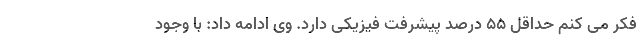
فکر می کنم حداقل ۵۵ درصد پیشرفت فیزیکی دارد. وی ادامه داد: با وجود